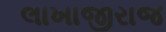
લાખાજીરાજ